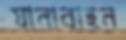
যানাবাহন